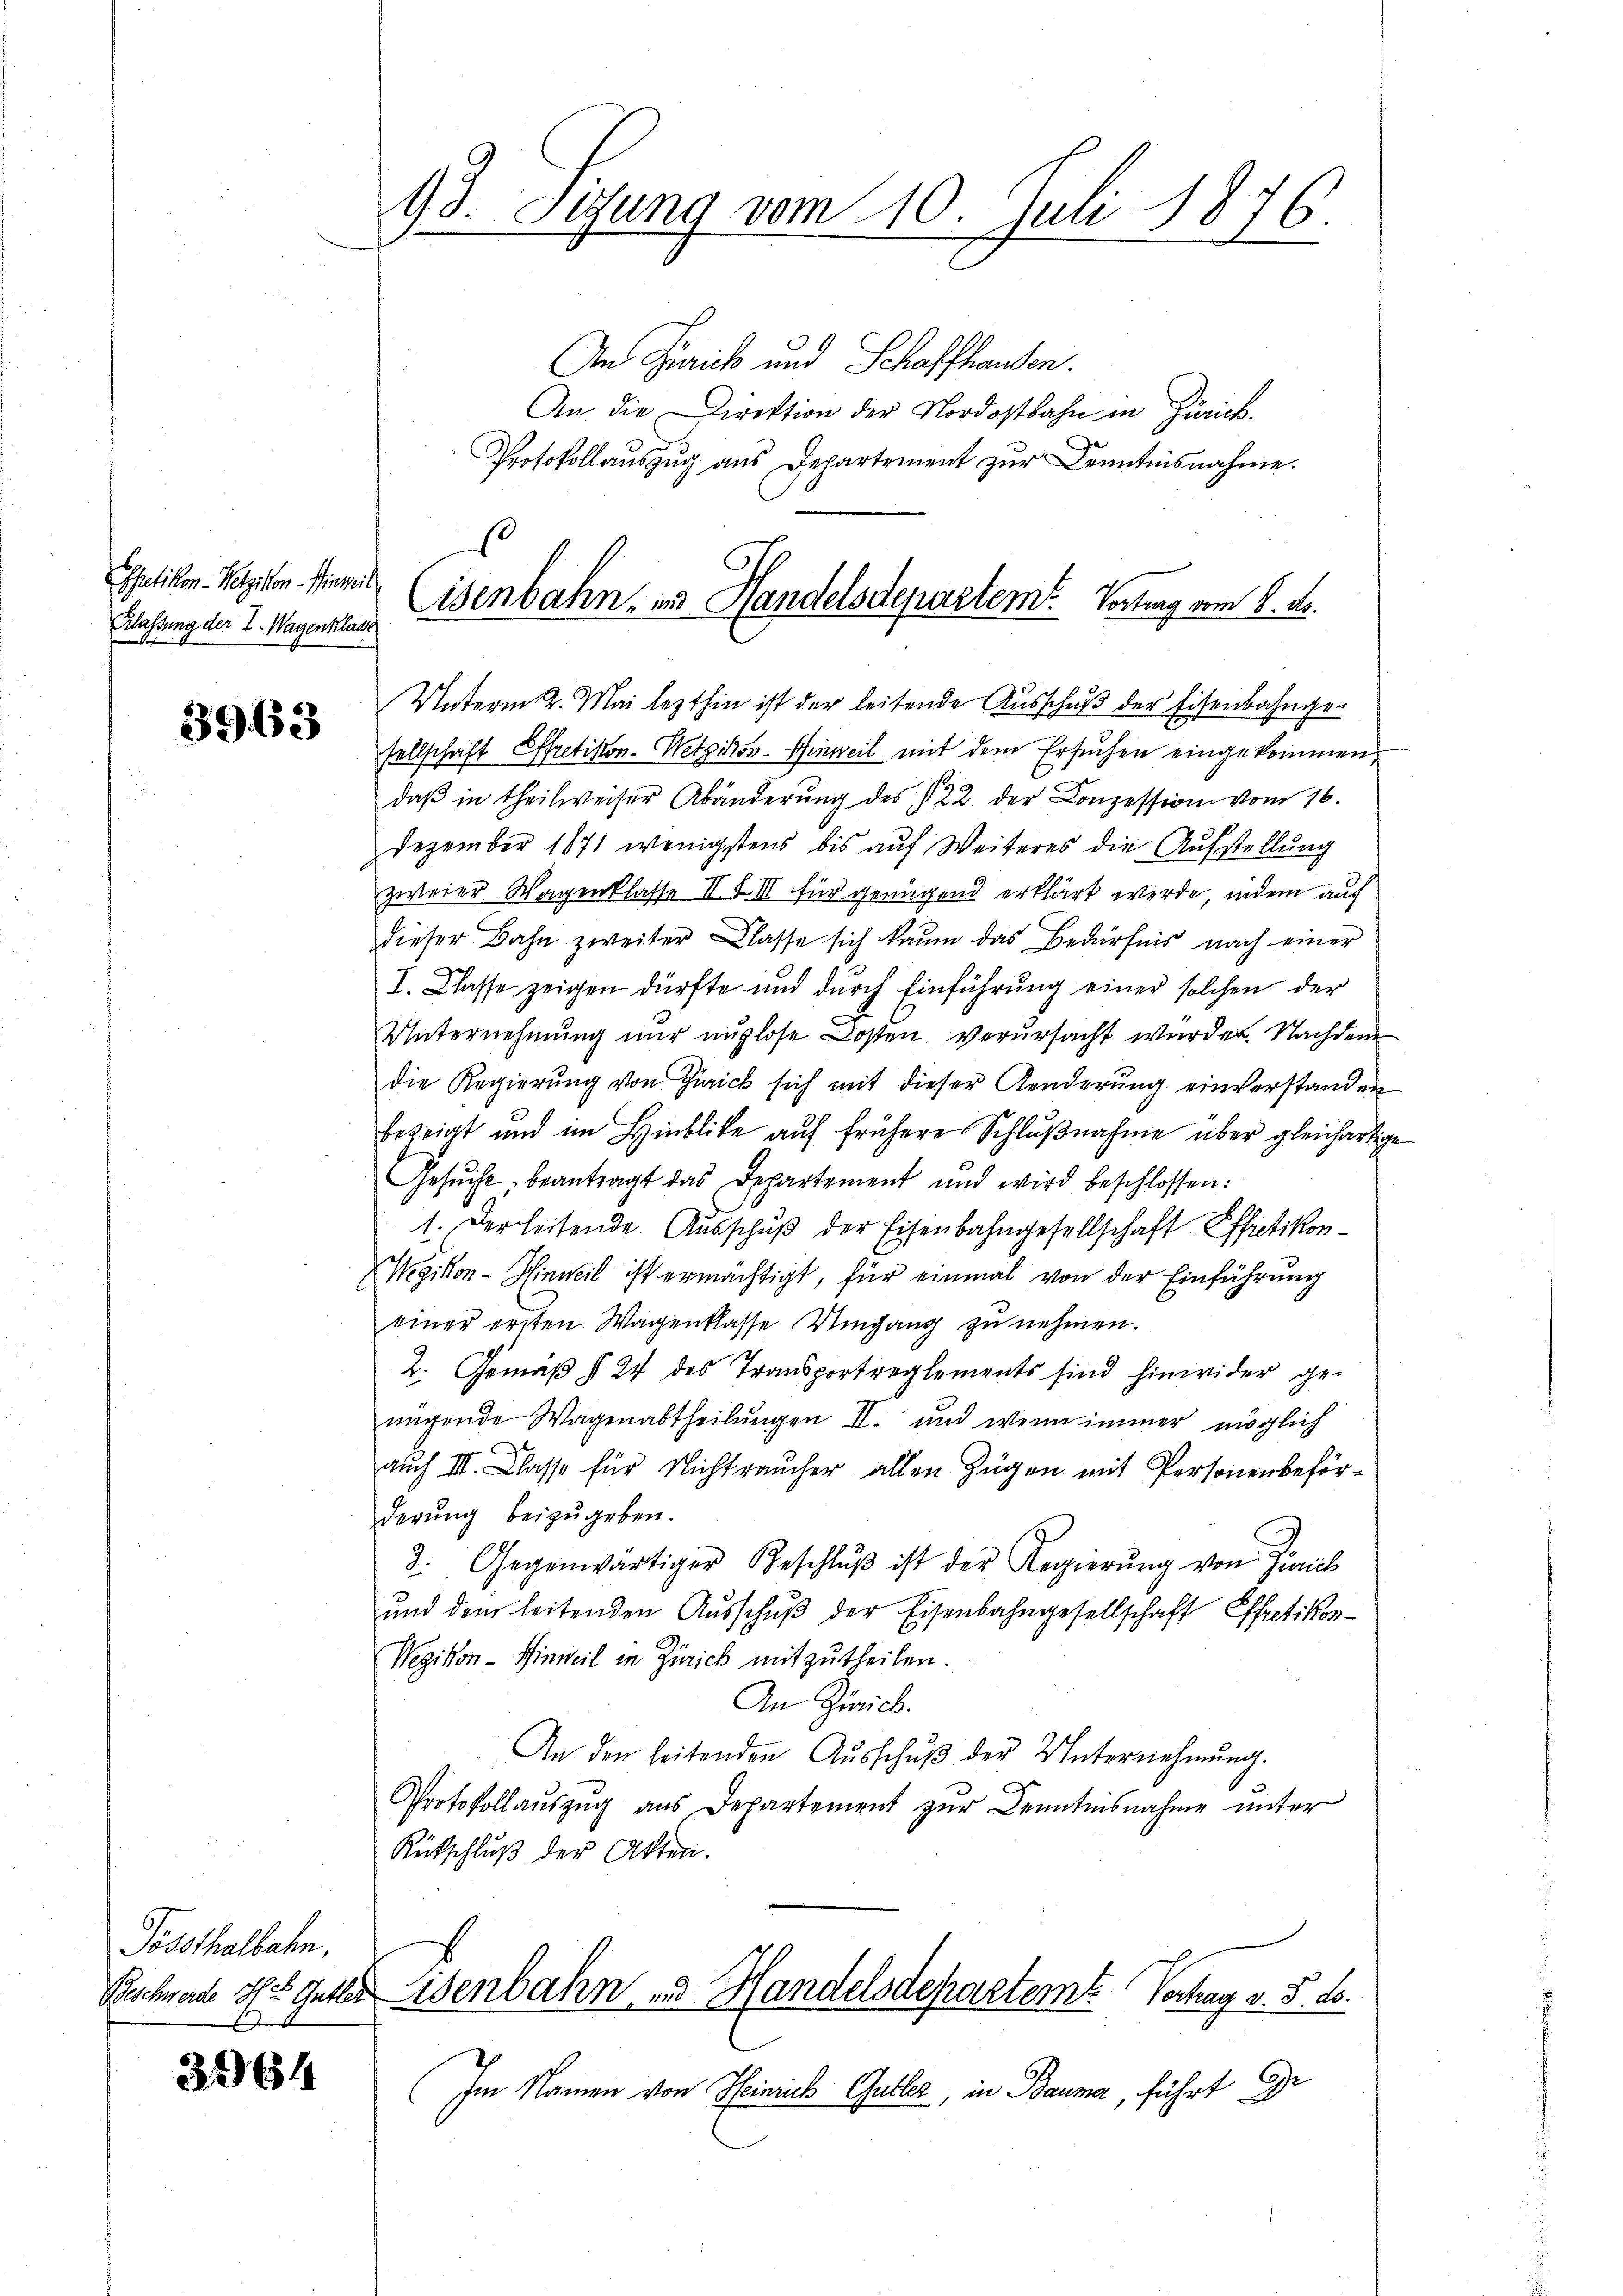
Ihetikon - Wetzikon - Hinweil
Klassung der I. Wagenklasse

3963

Pössthalbahn,
x

3364

13. Sitzung vom 10. Juli 1876.

An Frick und Schaffhausen.
An die Direktion der Nordostbahn in Zürich.
Protokollauszug aus Departement zur Kenntnisnahme.
Unterm 2. Mai lezthin ist der leitende Ausschuß der Eisenbahngesellschaft Effretikon-Wetzikon-Hinweil mit dem Ersuchen eingekommen,
daβ in theilweiser Abänderŭng des 122. der Conzession vom 16.
Dezember 1871 wenigstens bis auf Weiteres die Aufstellung
zweier Wagenklasse II S. III für genügend erklärt werde, indem auf
dieser Bahn zweiter Classe sich kaum das Bedürfnis nach einer
I. Classe zeigen dürfte und durch Einführŭng einer solchen der
Unternehmung nur anglose Kosten verursacht wurden. Nachdem
die Regierung von Zürick sich mit dieser Kinderung einverstanden
bezeigt und im Hinblicke auf frühere Schlŭβnahme über gleichartig
Gesŭcht beantragt das Departement und wird beschlossen:
1. Der leitende Ausschŭβ der Eisenbahngesellschaft Effretikon¬
Wegikon - Hinweil ist ermächtigt, für einmal von der Einführung
einer ersten Wagenklasse Umgang zu nehmen.
2. Gemäß § 24 des Transportreglements sind hinwider genngende Wagenabtheilŭngen II. und wenn immer möglich
auch III. Classe für Nichtraucher allen Zügen mit Personenbeförderung beizugeben.
3. Gegenwärtiger Beschlŭβ ist der Regierŭng von Zürich
ŭnd dem leitenden Aŭsschŭβ der Eisenbahngesellschaft Effretikon-
Wegikon - Hinweil in Zürich mitzutheilen.
An Zürich.
An den leitenden Aŭsschŭβ der Unternehmung.
Protokollaŭszŭg ans Departement zŭr Kenntnisnahme unter
Rückschlŭβ der Akten.
Rechnende oft gutter Eisenbahn und Handelsdepartemt. Verhag v. 5. ds.
Im Namen von Heinrich Gutter, in Bauma, führt Ge

.
Eisenbahn- und Handelsdepartem Vortung vom 8. ds.